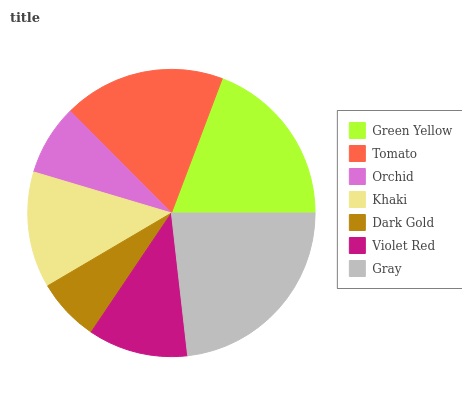
| Green Yellow | Tomato | Orchid | Khaki | Dark Gold | Violet Red | Gray |
 | --- | --- | --- | --- | --- | --- | --- |
 | 19.3% | 18.1% | 7.96% | 13.1% | 7.1% | 11.2% | 23.2% |